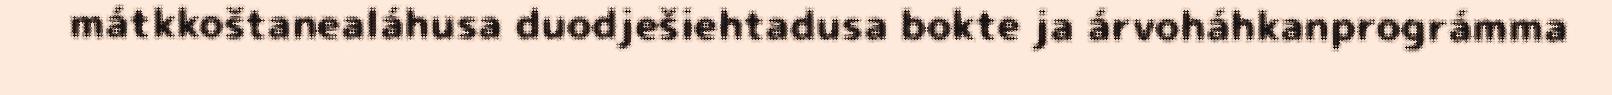
mátkkoštanealáhusa duodješiehtadusa bokte ja árvoháhkanprográmma